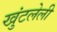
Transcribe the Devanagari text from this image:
खुंटलेली